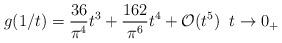
LaTeX: \begin{align*} g(1/t) = \frac{36}{\pi^4} t^3 + \frac{162}{\pi^6} t^4 + \mathcal{O}(t^5) \; \; t \rightarrow 0_{+} \; \end{align*}